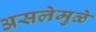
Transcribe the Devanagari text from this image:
असलेमुळे